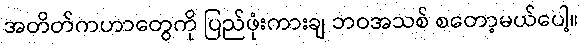
အတိတ်ကဟာတွေကို ပြည်ဖုံးကားချ ဘဝအသစ် စတော့မယ်ပေါ့။